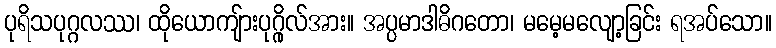
ပုရိသပုဂ္ဂလဿ၊ ထိုယောကျ်ားပုဂ္ဂိုလ်အား။ အပ္ပမာဒါဓိဂတော၊ မမေ့မလျော့ခြင်း ရအပ်သော။